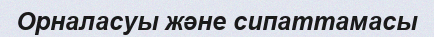
Орналасуы және сипаттамасы